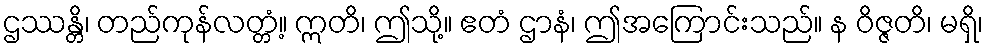
ဌဿန္တိ၊ တည်ကုန်လတ္တံ့။ ဣတိ၊ ဤသို့။ ဧတံ ဌာနံ၊ ဤအကြောင်းသည်။ န ဝိဇ္ဇတိ၊ မရှိ၊